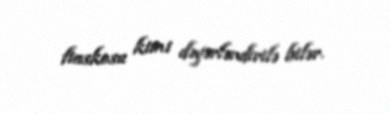
fiaskosu kimi dəyərləndirilə bilər.